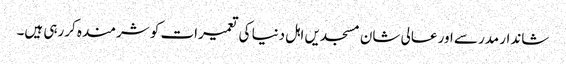
شاندار مدرسے اور عالی شان مسجدیں اہل دنیا کی تعمیرات کو شرمندہ کررہی ہیں۔